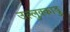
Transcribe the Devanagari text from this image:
उल्लुक्काडु